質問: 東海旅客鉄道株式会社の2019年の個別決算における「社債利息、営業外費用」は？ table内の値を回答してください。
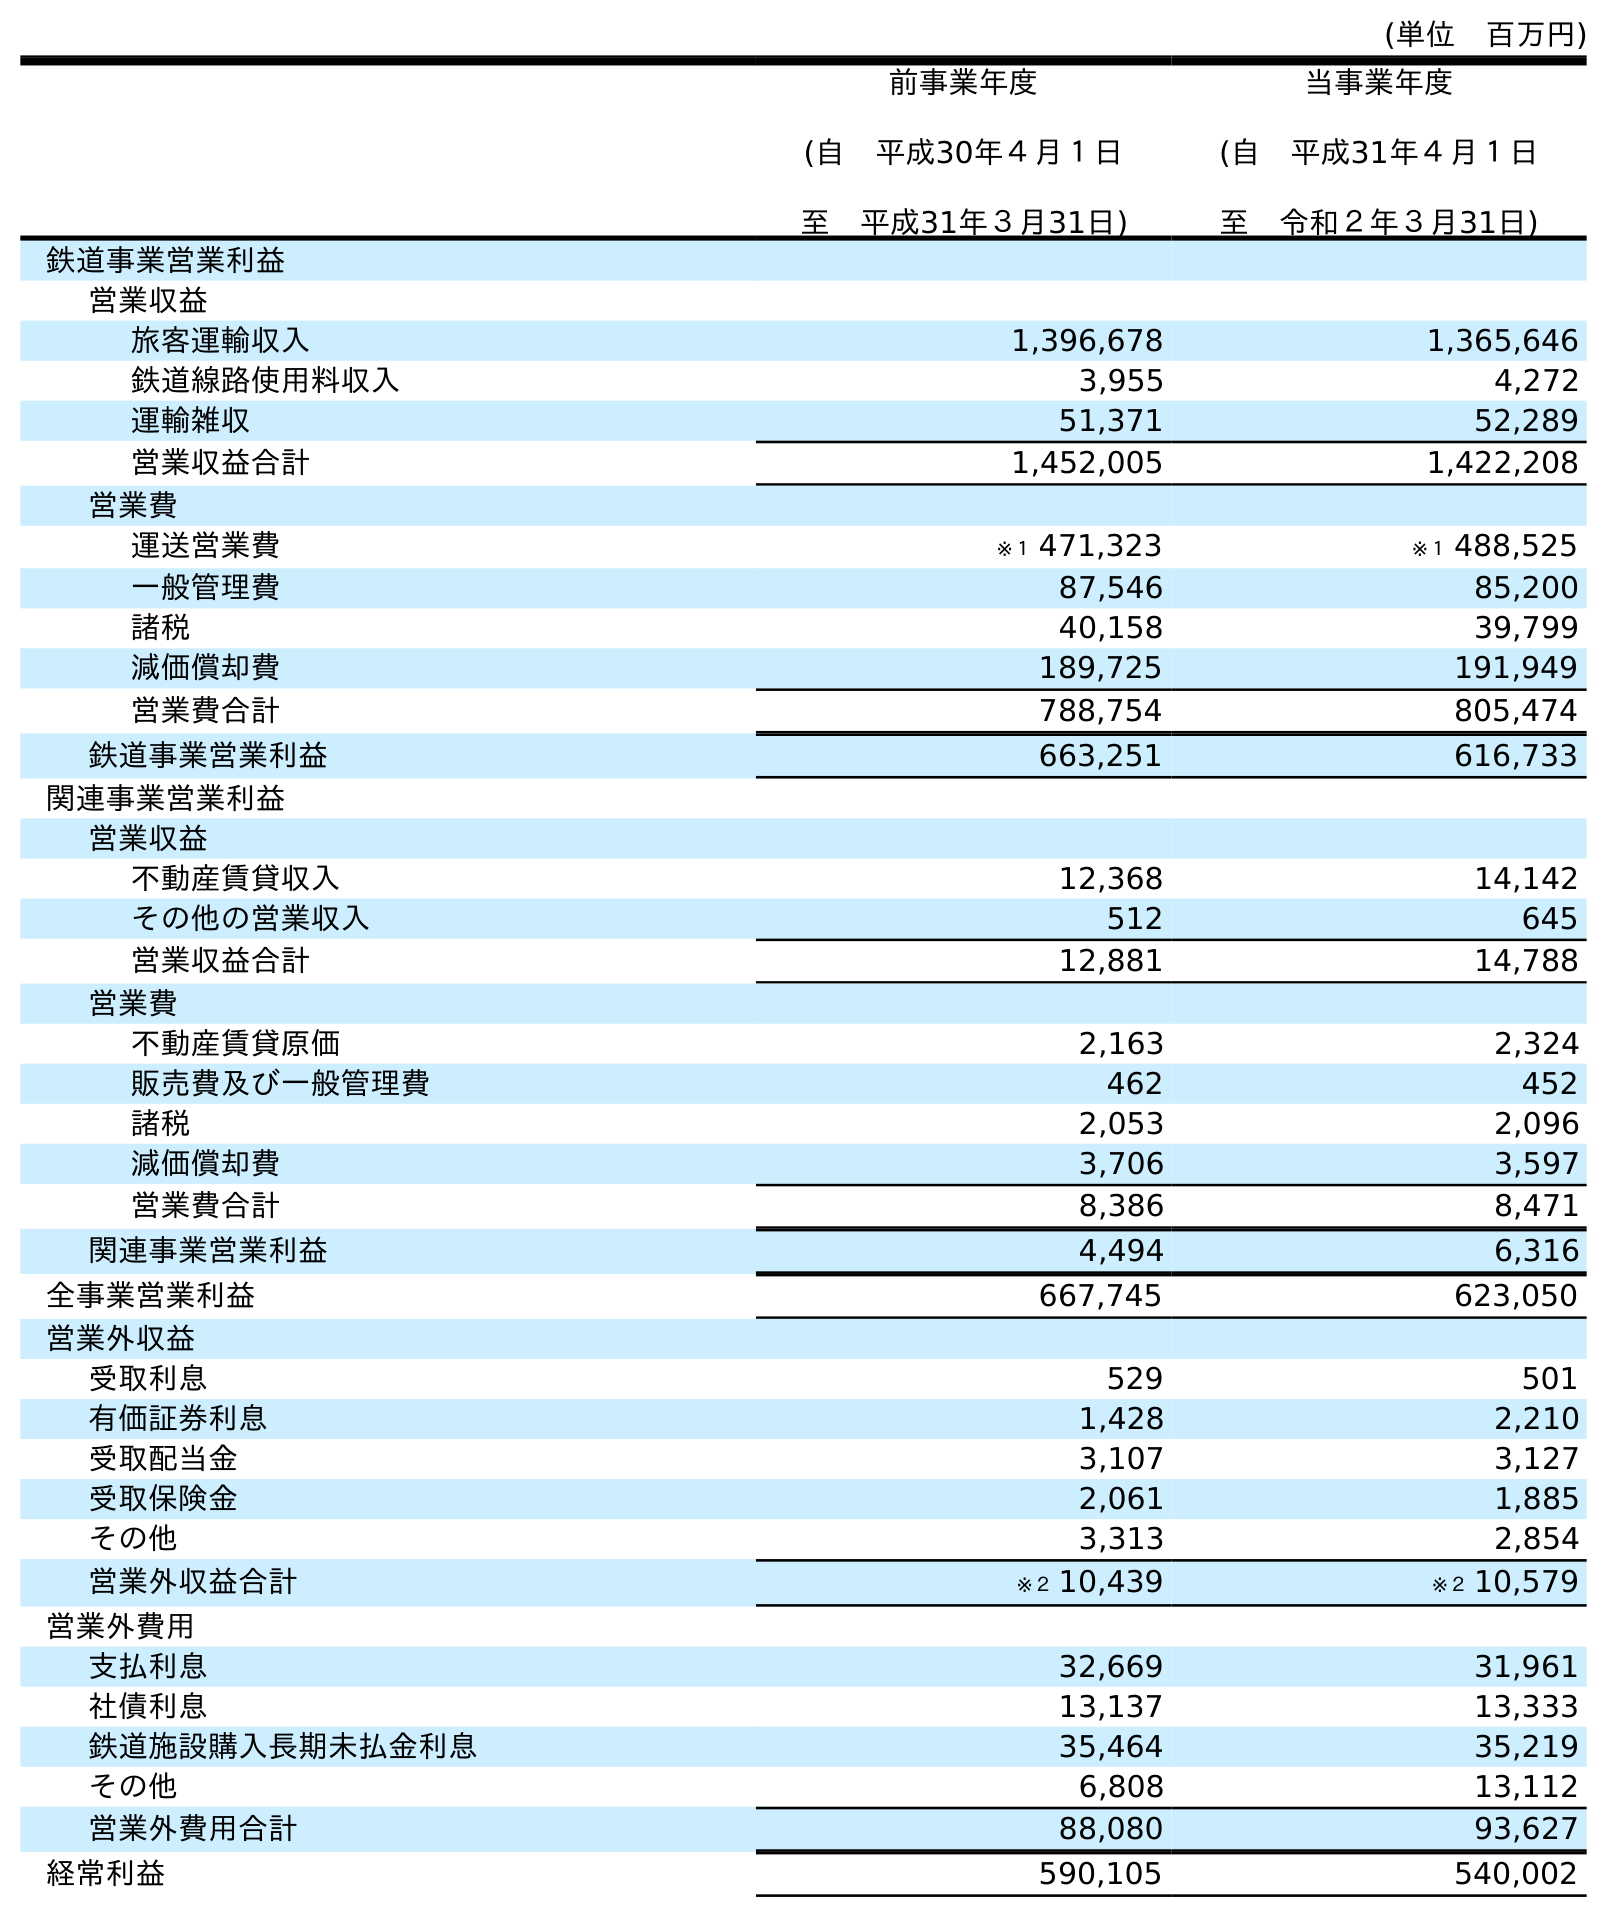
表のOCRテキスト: (単位 百万円) 前事業年度 (自 平成30年４月１日 至 平成31年３月31日) 当事業年度 (自 平成31年４月１日 至 令和２年３月31日) 鉄道事業営業利益 営業収益 旅客運輸収入 1,396,678 1,365,646 鉄道線路使用料収入 3,955 4,272 運輸雑収 51,371 52,289 営業収益合計 1,452,005 1,422,208 営業費 運送営業費 ※１ 471,323 ※１ 488,525 一般管理費 87,546 85,200 諸税 40,158 39,799 減価償却費 189,725 191,949 営業費合計 788,754 805,474 鉄道事業営業利益 663,251 616,733 関連事業営業利益 営業収益 不動産賃貸収入 12,368 14,142 その他の営業収入 512 645 営業収益合計 12,881 14,788 営業費 不動産賃貸原価 2,163 2,324 販売費及び一般管理費 462 452 諸税 2,053 2,096 減価償却費 3,706 3,597 営業費合計 8,386 8,471 関連事業営業利益 4,494 6,316 全事業営業利益 667,745 623,050 営業外収益 受取利息 529 501 有価証券利息 1,428 2,210 受取配当金 3,107 3,127 受取保険金 2,061 1,885 その他 3,313 2,854 営業外収益合計 ※２ 10,439 ※２ 10,579 営業外費用 支払利息 32,669 31,961 社債利息 13,137 13,333 鉄道施設購入長期未払金利息 35,464 35,219 その他 6,808 13,112 営業外費用合計 88,080 93,627 経常利益 590,105 540,002
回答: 13,137